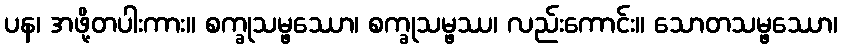
ပန၊ အဖို့တပါးကား။ စက္ခုသမ္ဖဿော၊ စက္ခုသမ္ဖဿ၊ လည်းကောင်း။ သောတသမ္ဖဿော၊